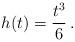
LaTeX: \begin{align*} h(t)=\frac{t^3}{6}\,.\end{align*}